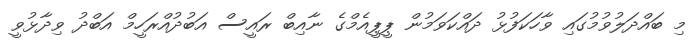
މި ބައްދަލުވުމުގައި ވާހަކަފުޅު ދައްކަވަމުން ޕީޕީއެމްގެ ނާއިބް ރައީސް އަބުދުއްރަހީމް އަބްދު ވިދާޅުވީ